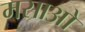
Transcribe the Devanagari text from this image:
मसाओ